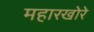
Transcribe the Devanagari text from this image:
महारखोरे